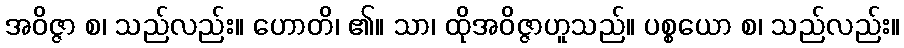
အဝိဇ္ဇာ စ၊ သည်လည်း။ ဟောတိ၊ ၏။ သာ၊ ထိုအဝိဇ္ဇာဟူသည်။ ပစ္စယော စ၊ သည်လည်း။